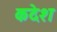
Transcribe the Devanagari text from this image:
कदेश